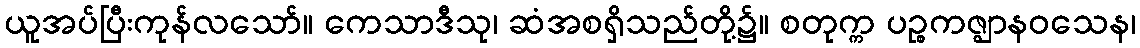
ယူအပ်ပြီးကုန်လသော်။ ကေသာဒီသု၊ ဆံအစရှိသည်တို့၌။ စတုက္က ပဉ္စကဇ္ဈာနဝသေန၊